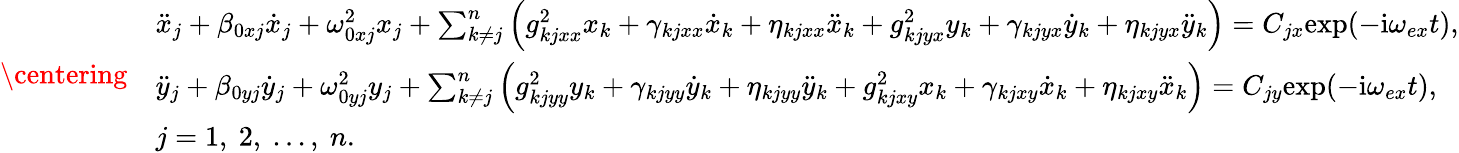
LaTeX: \centering\begin{array}{rl}&{\ddot{x}_{j}+\beta_{0xj}\dot{x}_{j}+\omega_{0xj}^{2}x_{j}+\sum_{k\neq j}^{n}\left(g_{kjxx}^{2}x_{k}+\gamma_{kjxx}\dot{x}_{k}+\eta_{kjxx}\ddot{x}_{k}+g_{kjyx}^{2}y_{k}+\gamma_{kjyx}\dot{y}_{k}+\eta_{kjyx}\ddot{y}_{k}\right)=C_{jx}\mathrm{exp}(-\mathrm{i}\omega_{ex}t),}\\ &{\ddot{y}_{j}+\beta_{0yj}\dot{y}_{j}+\omega_{0yj}^{2}y_{j}+\sum_{k\neq j}^{n}\left(g_{kjyy}^{2}y_{k}+\gamma_{kjyy}\dot{y}_{k}+\eta_{kjyy}\ddot{y}_{k}+g_{kjxy}^{2}x_{k}+\gamma_{kjxy}\dot{x}_{k}+\eta_{kjxy}\ddot{x}_{k}\right)=C_{jy}\mathrm{exp}(-\mathrm{i}\omega_{ex}t),}\\ &{j=1,~2,~...,~n.}\end{array}